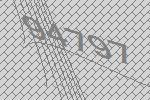
94797